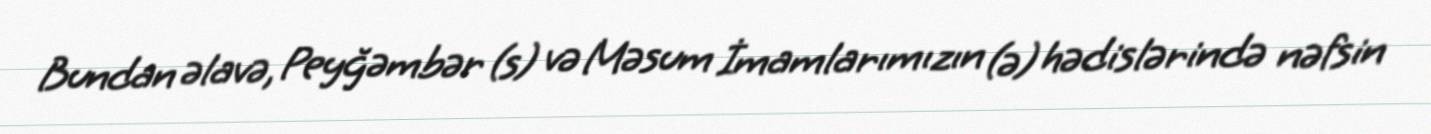
Bundan əlavə, Peyğəmbər (s) və Məsum İmamlarımızın (ə) hədislərində nəfsin